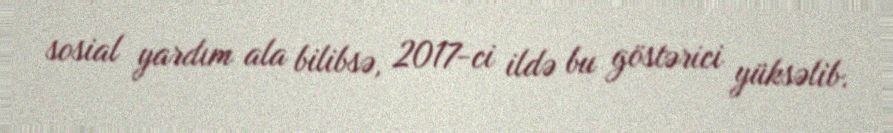
sosial yardım ala bilibsə, 2017-ci ildə bu göstərici yüksəlib.